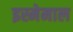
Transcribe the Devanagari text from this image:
इस्मेमाल